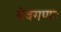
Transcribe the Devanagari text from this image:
देवगणाः